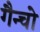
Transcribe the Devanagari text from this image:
गैन्चो